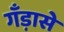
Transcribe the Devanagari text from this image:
गँड़ासे